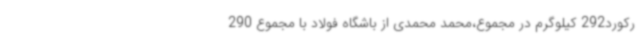
رکورد292 کیلوگرم در مجموع،محمد محمدی از باشگاه فولاد با مجموع 290